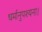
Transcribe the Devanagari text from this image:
धर्मानुपश्यना।